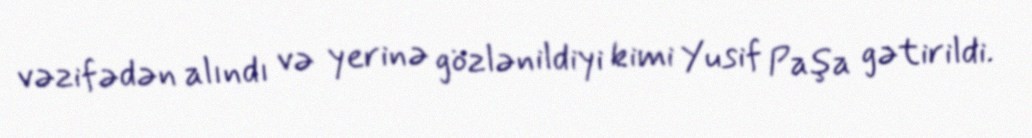
vəzifədən alındı və yerinə gözlənildiyi kimi Yusif Paşa gətirildi.